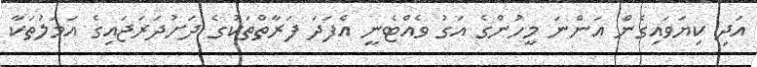
އަދި ކިޔަވައިގެން އަންނަ މީހުންގެ އަގު ވެއްޓެނީ އެފަދަ ފަރާތްތަކުގެ ދަށުދަރަޖައިގެ އަމަލުތަކާ